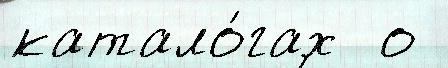
катало́гах  о